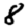
Digit: 8